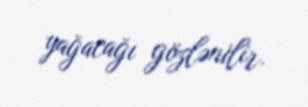
yağacağı gözlənilir.